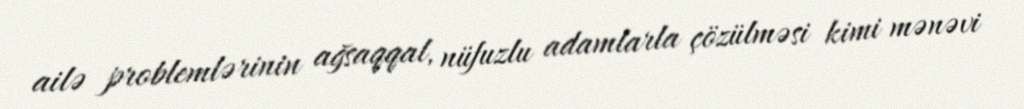
ailə problemlərinin ağsaqqal, nüfuzlu adamlarla çözülməsi kimi mənəvi